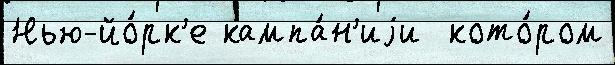
Нью-йо́рк'е кампа́н'иjи  кото́ром